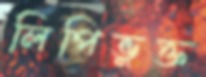
লিপিভুক্ত